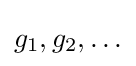
{\textstyle g_{1},g_{2},\dots }